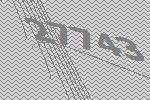
27743